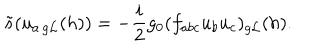
LaTeX: \tilde { s } ( u _ { a \, { g { \cal L } } } ( h ) ) = - \frac { i } { 2 } g _ { 0 } ( f _ { a b c } u _ { b } u _ { c } ) _ { g { \cal L } } ( h ) .